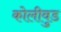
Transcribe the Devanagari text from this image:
कोलीवुड